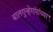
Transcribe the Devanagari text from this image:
बालगुन्हेगांरांच्या